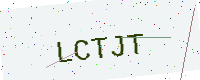
Text: LCTJT